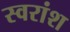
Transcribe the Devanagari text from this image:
स्वरांश